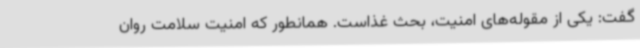
گفت: یکی از مقوله‌های امنیت، بحث غذاست. همانطور که امنیت سلامت روان